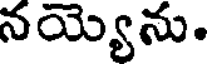
నయ్యెను.